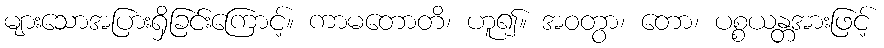
များသောအပြားရှိခြင်းကြောင့်။ ကာမတောတိ၊ ဟူ၍။ အဝတွာ၊ တော၊ ပစ္စယန္တအားဖြင့်